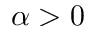
\alpha > 0